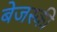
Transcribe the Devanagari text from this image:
बेजस्की